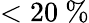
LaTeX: <20~\%